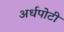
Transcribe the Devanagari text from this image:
अर्धपोटी